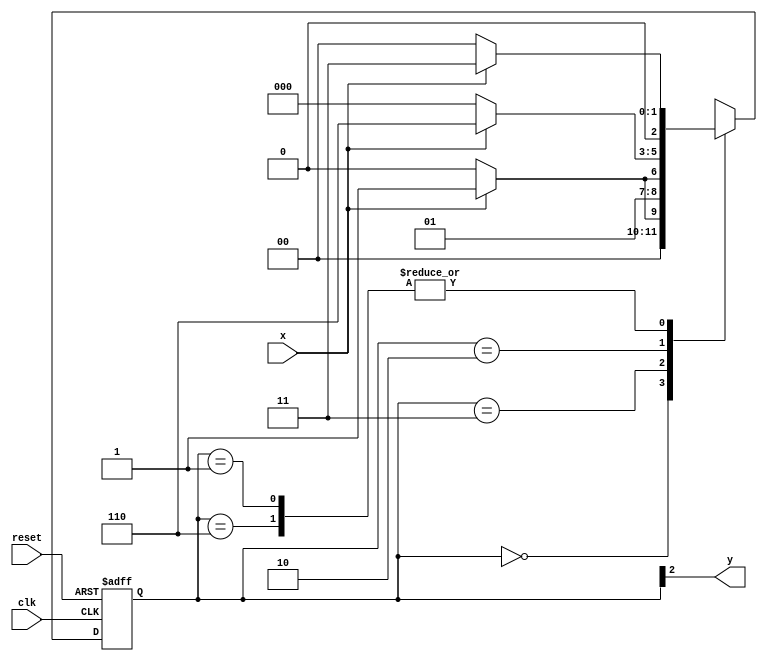
// ------------------------- 
// Moore 1101  
// Nome: Lucas Siqueira Chagas 
// -------------------------

// -------------- 
// --- Moore FSM 
// --------------
 

// constant definition 
   `define found 1 
   `define notfound 0 

// FSM by Moore 
   module moore1101 ( y, x, clk, reset ); 
    output y; 
    input x; 
    input clk; 
    input reset; 
	 
    reg y; 
	 
   parameter // state identifiers 
     start = 3'b000, 
     id1 = 3'b001, 
     id11 = 3'b011, 
     id110 = 3'b010, 
     id1101 = 3'b110; // signal found 

     reg [2:0] E1; // current state variables 
     reg [2:0] E2; // next state logic output 

// next state logic 
   always @( x or E1 ) 
    begin 
     case( E1 ) 
      start: 
       if ( x ) 
        E2 = id1; 
       else 
        E2 = start; 
      id1: 
       if ( x ) 
        E2 = id11; 
       else 
        E2 = start; 
      id11: 
       if ( x ) 
        E2 = id11; 
       else 
        E2 = id110; 
      id110: 
       if ( x ) 
        E2 = id1101; 
       else 
        E2 = start; 
      id1101: 
       if ( x ) 
        E2 = id11; 
       else 
        E2 = start; 

default: // undefined statee 
 E2 = 3'bxxx; 
endcase 
end // always at signal or state changing 

// state variables 
   always @( posedge clk or negedge reset ) 
     begin 
      if ( reset ) 
       E1 = E2; // updates current state 
      else 
       E1 = 0; // reset 
      end // always at signal changing 

// output logic 
   always @( E1 ) 
     begin 
       y = E1[2]; // first bit of state value 
    end // always at state changing 
	 
  endmodule // moore1101